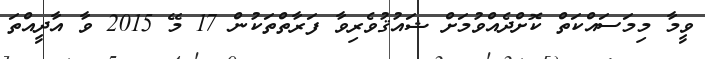
ވީމާ މިމަސައްކަތް ކޮށްދެއްވުމަށް ޝައުޤުވެރިވާ ފަރާތްތަކުން 17 މޭ 2015 ވާ އާދީއްތަ